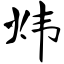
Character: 炜